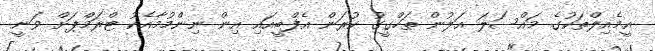
އީމެއިލްތަކުގެ މައްސަލަ އަލުން ތަހްގީގު ކުރަން އެފްބީއައި އިން ނިންމުމާއެކު ޓްރަމްޕަށް ވަނީ